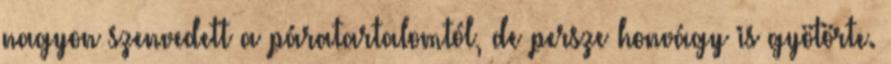
nagyon szenvedett a páratartalomtól, de persze honvágy is gyötörte.